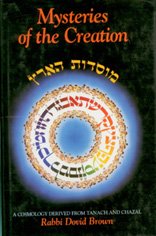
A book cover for Mysteries of the Creation; Rabbi Dovid Brown; History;